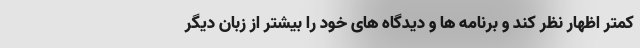
کمتر اظهار نظر کند و برنامه ها و دیدگاه های خود را بیشتر از زبان دیگر